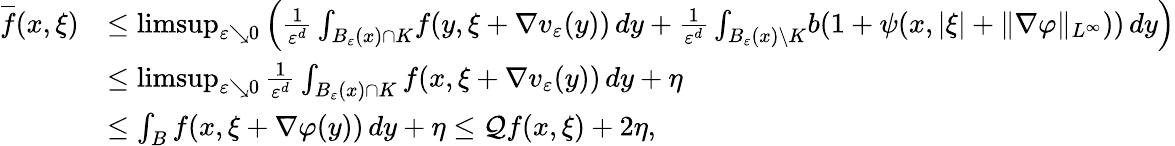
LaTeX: \begin{array}{rl}{\overline{{f}}(x,\xi)}&{\leq\operatorname*{limsup}_{\varepsilon\searrow 0}\left(\frac{1}{\varepsilon^{d}}\int_{B_{\varepsilon}(x)\cap K}\! f(y,\xi+\nabla v_{\varepsilon}(y))\, dy+\frac{1}{\varepsilon^{d}}\int_{B_{\varepsilon}(x)\setminus K}\! b(1+\psi(x,|\xi|+\Vert\nabla\varphi\Vert_{L^{\infty}}))\, dy\right)}\\ &{\leq\operatorname*{limsup}_{\varepsilon\searrow 0}\frac{1}{\varepsilon^{d}}\int_{B_{\varepsilon}(x)\cap K}f(x,\xi+\nabla v_{\varepsilon}(y))\, dy+\eta}\\ &{\leq\int_{B}f(x,\xi+\nabla\varphi(y))\, dy+\eta\leq\mathcal{Q}f(x,\xi)+2\eta,}\end{array}